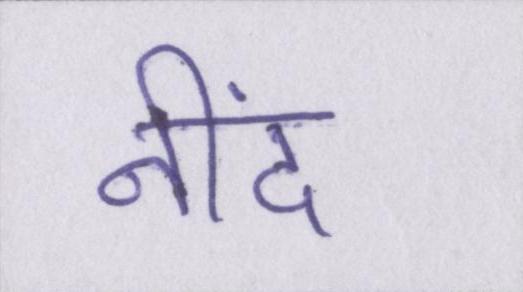
नींद